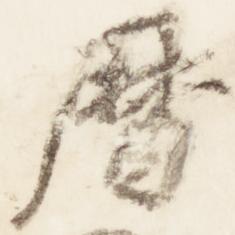
暦